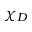
\chi _ { D }